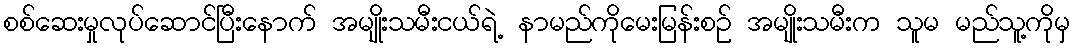
စစ်ဆေးမှုလုပ်ဆောင်ပြီးနောက် အမျိုးသမီးငယ်ရဲ့ နာမည်ကိုမေးမြန်းစဉ် အမျိုးသမီးက သူမ မည်သူ့ကိုမှ